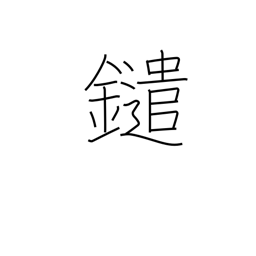
Meaning: (kokuji)